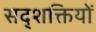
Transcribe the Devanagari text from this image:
सद्शक्तियों